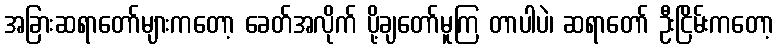
အခြားဆရာတော်များကတော့ ခေတ်အလိုက် ပို့ချတော်မူကြ တာပါပဲ၊ ဆရာတော် ဦးငြိမ်းကတော့